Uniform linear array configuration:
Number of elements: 12
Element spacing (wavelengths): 1
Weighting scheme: binomial
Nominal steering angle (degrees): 0
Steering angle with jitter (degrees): -1.674
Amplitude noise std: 0.05
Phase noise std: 0.05

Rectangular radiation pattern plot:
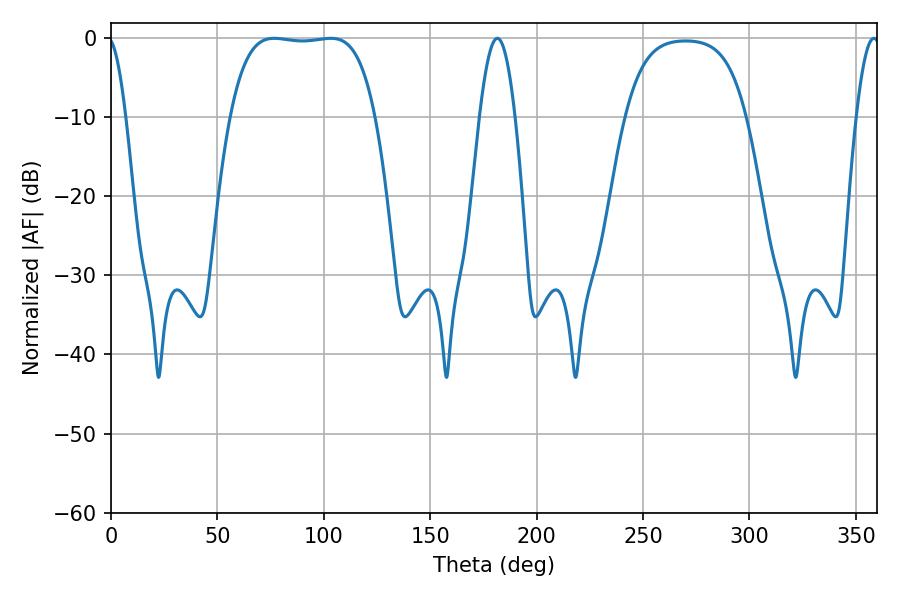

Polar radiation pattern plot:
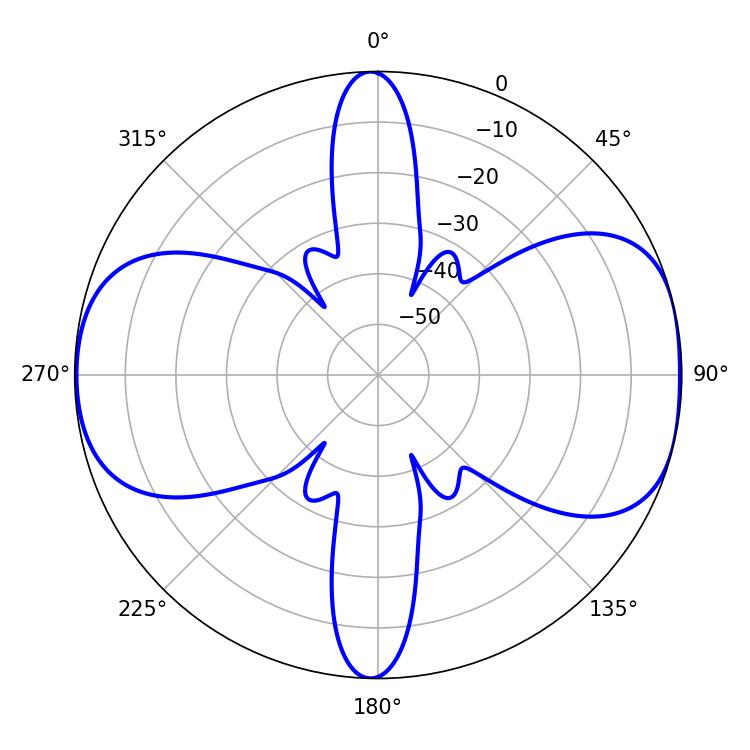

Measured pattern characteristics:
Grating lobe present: TRUE
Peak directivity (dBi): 8.907
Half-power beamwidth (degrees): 53.28
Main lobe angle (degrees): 76.68